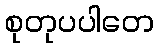
စုတုပပါတေ